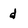
Character: d